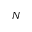
{ \cal N }